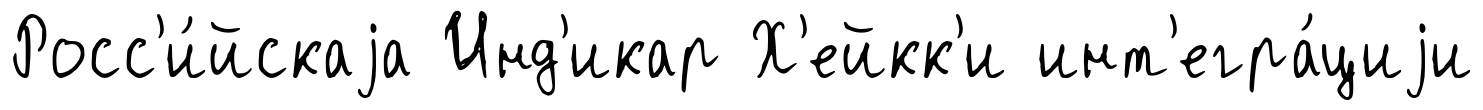
Росс'и́йскаjа Инд'икар Х'ейкк'и инт'егра́циjи